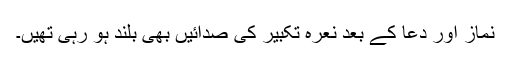
نماز اور دعا کے بعد نعرہ تکبیر کی صدائیں بھی بلند ہو رہی تھیں۔